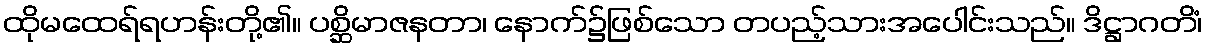
ထိုမထေရ်ရဟန်းတို့၏။ ပစ္ဆိမာဇနတာ၊ နောက်၌ဖြစ်သော တပည့်သားအပေါင်းသည်။ ဒိဋ္ဌာဂတိံ၊